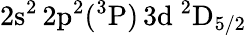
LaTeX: \mathrm{2s^{2}\, 2p^{2}(^{3}P)\, 3d~^{2}D_{5/2}}